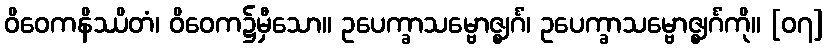
ဝိဝေကနိဿိတံ၊ ဝိဝေက၌မှီသော။ ဥပေက္ခာသမ္ဗောဇ္ဈင်္ဂံ၊ ဥပေက္ခာသမ္ဗောဇ္ဈင်္ဂံကို။ [၀၇]